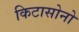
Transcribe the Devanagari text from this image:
किटासोनो